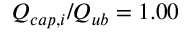
Q _ { c a p , i } / Q _ { u b } = 1 . 0 0